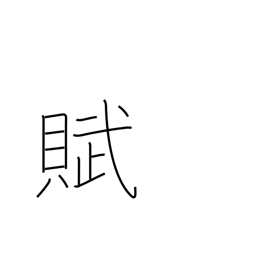
Meaning: prose